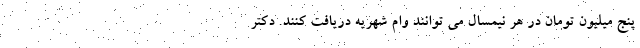
پنج میلیون تومان در هر نیمسال می توانند وام شهریه دریافت کنند. دکتر